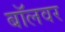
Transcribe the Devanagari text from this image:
बॉलवर